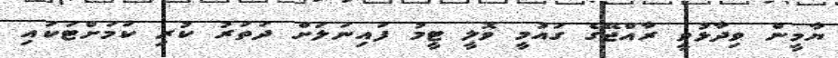
ޔާމީން ވިދާޅުވީ ރާއްޖޭގެ ގައުމީ ވޮލީ ޓީމު ފައިނަލަށް ދަތުރު ކުރި ކަމަށްޓަކައި